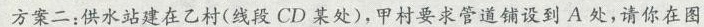
方案二：供水站建在乙村(线段CD某处)，甲村要求管道铺设到A处，请你在图